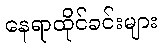
နေရာထိုင်ခင်းများ